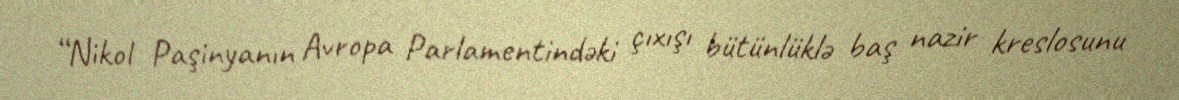
“Nikol Paşinyanın Avropa Parlamentindəki çıxışı bütünlüklə baş nazir kreslosunu